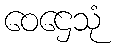
ဝေဌေသုံ